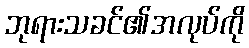
ဘုရားသခင်၏အလုပ်ကို